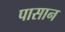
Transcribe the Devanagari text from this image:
पासान